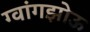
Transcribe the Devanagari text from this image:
ग्वांगझोऊ